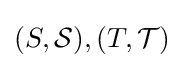
(S,{\mathcal {S}}),(T,{\mathcal {T}})